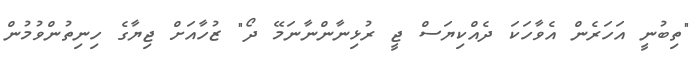
"ތިބުނީ އަހަރެން އެވާހަކަ ދެއްކިޔަސް ޖީ ރުޅިނާންނާނަމޭ ދޯ" ޒުހާއަށް ޖިޔާގެ ހިނިތުންވުމުން